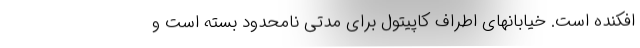
افکنده است. خیابانهای اطراف کاپیتول برای مدتی نامحدود بسته است و